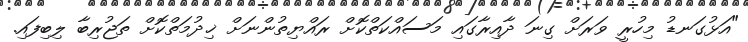
"އަޅުގަނޑު މިހުރީ ވަރަށް ގިނަ ދާއިރާގައި މަސައްކަތްކޮށް ރައްޔިތުންނަށް ޚިދުމަތްކޮށް ތަޖުރިބާ ލިބިފައި.